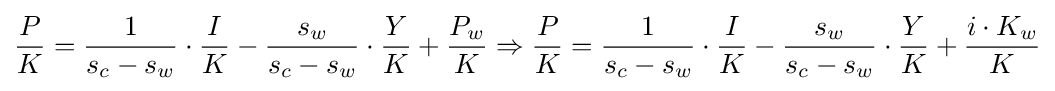
{\frac {P}{K}}={\frac {1}{s_{c}-s_{w}}}\cdot {\frac {I}{K}}-{\frac {s_{w}}{s_{c}-s_{w}}}\cdot {\frac {Y}{K}}+{\frac {P_{w}}{K}}\Rightarrow {\frac {P}{K}}={\frac {1}{s_{c}-s_{w}}}\cdot {\frac {I}{K}}-{\frac {s_{w}}{s_{c}-s_{w}}}\cdot {\frac {Y}{K}}+{\frac {i\cdot K_{w}}{K}}